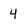
Character: 4